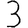
Digit: 3